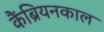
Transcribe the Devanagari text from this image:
कैंब्रियनकाल